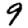
Digit: 9